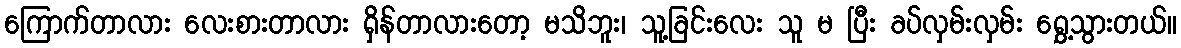
ကြောက်တာလား လေးစားတာလား ရှိန်တာလားတော့ မသိဘူး၊ သူ့ခြင်းလေး သူ မ ပြီး ခပ်လှမ်းလှမ်း ရွှေ့သွားတယ်။